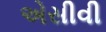
એસીવી